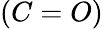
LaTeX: (C=O)